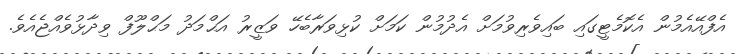
އެފްއޭއެމުން އެކޮމެޓީގައި ބައިވެރިވުމަށް އެދުމުން ކަމަށް ކުޅިވަރާބެހޭ ވަޒީރު އަޙްމަދު މަޙްލޫފް ވިދާޅުވެއްޖެއެވެ.